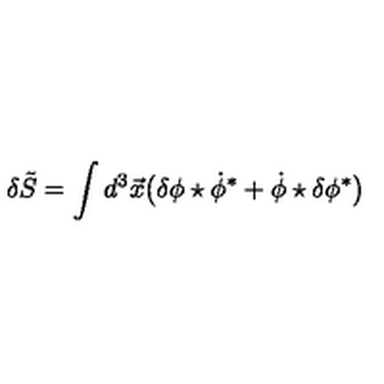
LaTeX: \delta \tilde { S } = \int d ^ { 3 } \vec { x } \bigl ( \delta \phi \star \dot { \phi } ^ { \ast } + \dot { \phi } \star \delta \phi ^ { \ast } \bigr )